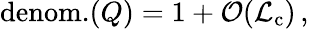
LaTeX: \mathrm{denom.}(Q)=1+{\cal O}({\cal L}_{\mathrm{c}})\, ,